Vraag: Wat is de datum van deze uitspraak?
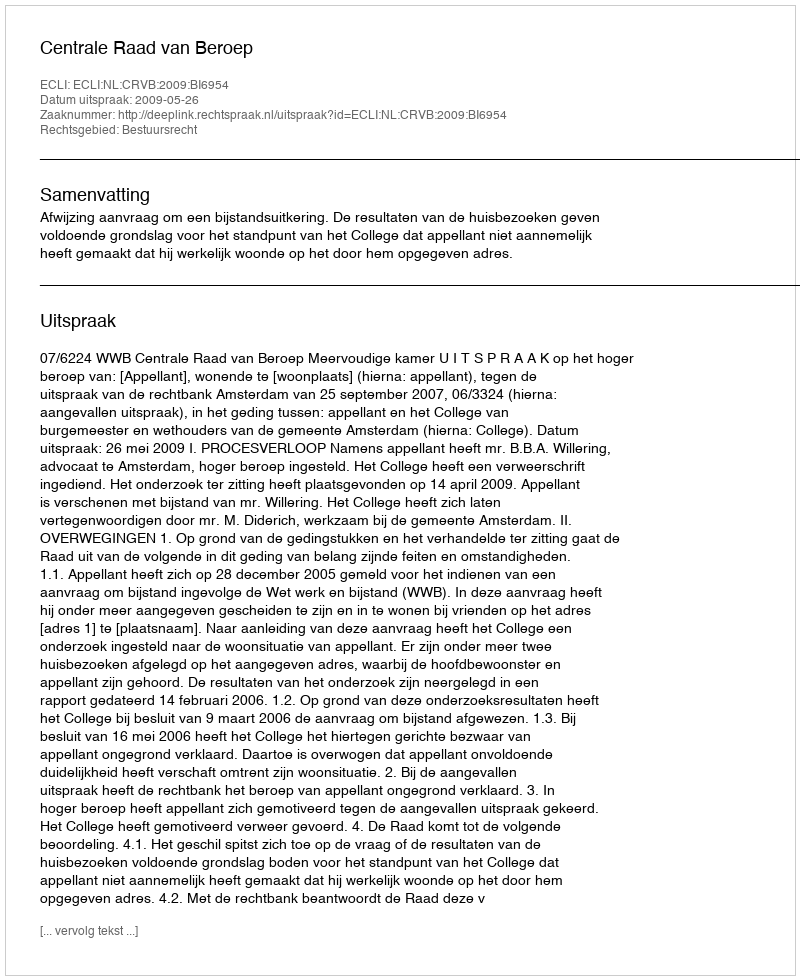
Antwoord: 2009-05-26